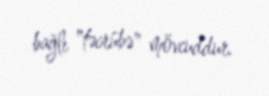
bağlı "təcrübə" mövcuddur.